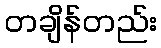
တချိန်တည်း